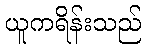
ယူကရိန်းသည်